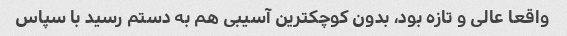
واقعا عالی و تازه بود، بدون کوچکترین آسیبی هم به دستم رسید با سپاس